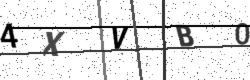
Text: 4XVB0